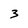
Character: 3